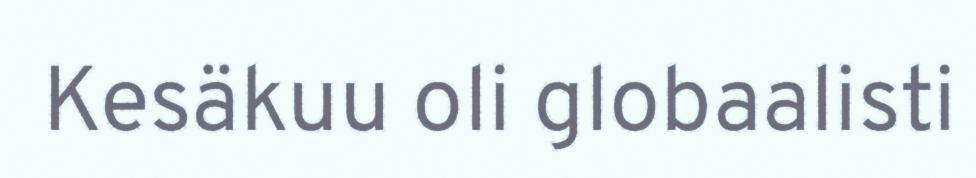
Kesäkuu oli globaalisti